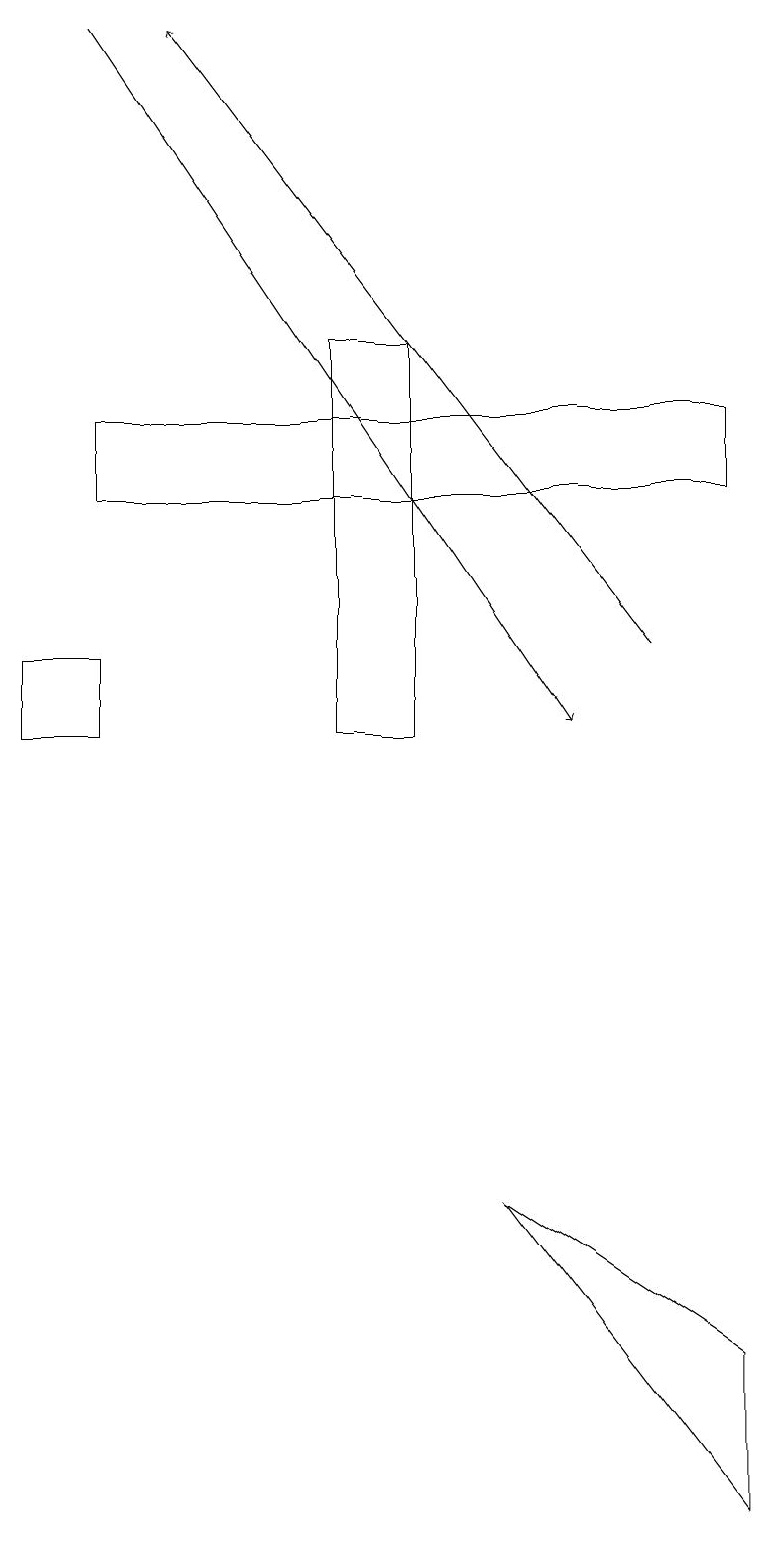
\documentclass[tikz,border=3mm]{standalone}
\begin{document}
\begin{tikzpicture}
\draw (4,10) rectangle (5,15);
\draw (6,4) -- (9,0) -- (9,2) -- cycle;
\draw (1,10) rectangle (0,11);
\draw[->] (1,19) -- (7,10);
\draw (1,14) rectangle (9,13);
\draw[->] (8,11) -- (2,19);
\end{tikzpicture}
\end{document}